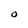
Character: O